Leaving Certificate Examination, 1907
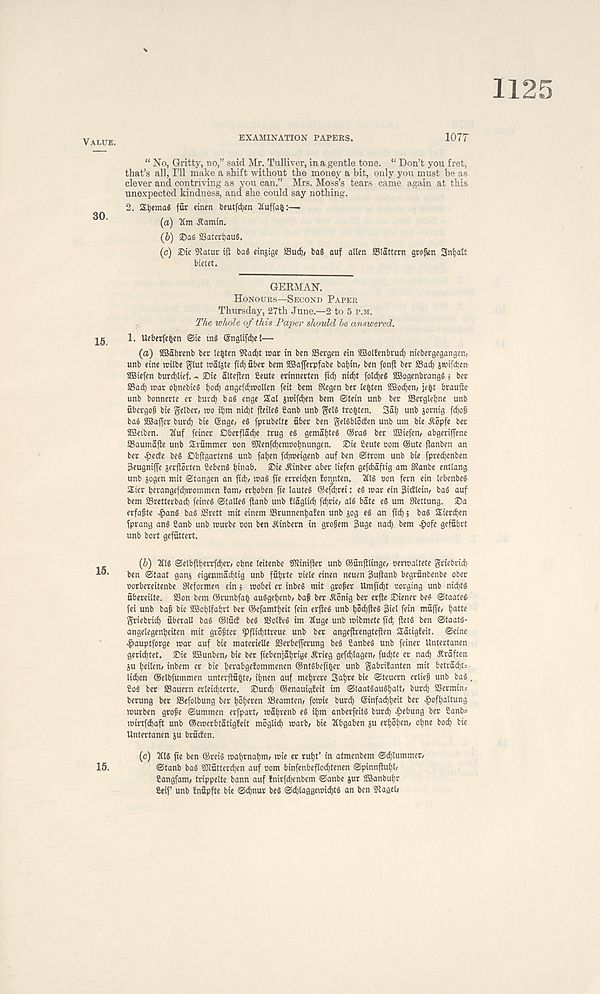
1125
EXAMINATION PAPERS.
107T
“ No, Gritty, no,” said Mr. Tulliver, in a gentle tone. “ Don’t you fret,
that’s all, I’ll make a shift without the money a bit, only you must be as
clever and contriving as you can.” Mrs. Moss’s tears came again at this
unexpected kindness, and she could say nothing.
2. StjemaS fur einen beutfdjen 2i'uffa(}:—.
(a) 2Cm jtamin.
(b) ©as SSaterfiauS.
(c) £>ie Sftatur ifl bag einjtge ffiurf)/ bag auf alien Slattern graven Sntjalt
bietet.
GERMAN.
HONOURS—SECOND PAPER
Thursday, 27th June.—2 to 5 P.M.
TAe whole of this Pa/per should he answered.
1. Ueberfefcen ©ie tng (Sngltfd)e!—
(a) SBabrenb ber lenten 9tad)t n?ar in ben Sergen ein SBotfenbrud) ntebergegangen,
unb etne retlbe glut roaljte fid) fiber bem SBafferpfabe bat)ui/ ben fonft ber Sad) swtfcbcn
SBiefen burdjlief. ©ie alteflen fieute erinnerten fid) nid)t foldjeg 2Bogenbrangg j ber
Sad) rear oljnebieg l)od) angefd)roollen feit bent SRegen ber le|ten SSoc^en, }e$t braufte
unb bonnerte er burd) bag enge Sal jntifdjen bem ©tein unb ber Sergleljne unb
fibergofi bie gelber, mo iljm nid)t fieileg Sanb unb gelg tro^ten. Sal) unb jornig fdjoft
bag SBajfer burd) bie Snge/ eg fptubelte fiber ben gelgblocten unb um bie Aopfe ber
SBetben. 31 uf feiner Dberfladje trug eg gematjteg ©rag ber SGSiefen/ abgeriffene
Saumajte unb Svfimmer oon SKenfd)en»ot)nungen. ®ie Scute com ©ute ftanben an
ber ^ede beg Dbjigarteng unb fat)en fdjmeigenb auf ben ©trom unb bie fpredjenben
Beugniffe jerflorten Sebeng l)inab. £)ie Ainber aber liefen gefdiaftig am Stanbe entlang
unb jogen mit ©tangen an fid)/ mag fie erreidjen fonnten. 2Clg uon fern ein lebenbeg
Sier berangefdjmommen font/ erfjoben fie lauteg ©ejajrei: eg mar ein Sidlein^ bag auf
bem Sretterbad) feineg ©talleg ftanb unb flaglid) fdjrie/ alg bate eg um SRettung. ®a
erfafte ^>ang bag Srett mit einem Srunnen^afen unb jog eg an fid); bag Sierdjen
fprang ang Sanb unb murbe oon ben Ainbern in grofem 3uge nad). bem ^tofe geffibrt
unb bort geffittert.
15.
{b) 3tlg ©elbjtberrfdjer, obne leitenbe SRinifter unb ©finfllinge/ oermaltete griebrid)
ben ©taat ganj eigenmadjtig unb fufirte oiele einen neuen 3uftanb begrfinbenbe ober
oorbereitenbe Stefoimen cin $ mobei er inbeg mit grofer Umftdjt oorgtng unb nidjtg
fibereilte. Son bem ©runbfal auggeljenbr baj? ber Aonig ber erfte Siener beg ©taateg
fei unb bajj bie 2Bol)lfaf)rt ber ©efamttjeit fein erfteg unb f)5d)fleg 3iel fein tnfiffe, fjatte
griebrid) fiberall bag ©tficf beg Solteg im Huge unb mibmete fid, ftetg ben ©taatg-
angelegenljeiten mit gvofter ^flidjttreue unb bet angejlrengteften Satigfeit. ©eine
4>auptforge mar auf bie materielle Serbefferung beg Sanbeg unb feiner Untertanen
geridjtet. ®ie SBSunben/ bie ber fiebenjafjrige Arieg gefdjlagen/ fud)te et nad) Araften
ju Ijeilen/ inbem er bie Ijerabgefommenen ©ntgbefifcer unb gabritanten mit betrad)t--
lidjen ©elbfummen untevftfi^te, ibnen auf met)rere Saljre bie ©teuern erlief unb bag.
Sog ber Sauern erleid)terte. ®urd) ©enauialeit im ©taatgaugljalt/ burd) Sermin=
berung ber Sefolbung ber Ijoberen Seamten/ fomie burd) ©infad)tjeit ber .pofljattung
murben grofe ©ummen erfpart/ roaljrenb eg il)m anberfeitg burd) ^ebung ber Sanb=
mirtfdiaft unb ©emerbtatigfeit moglid) marb/ bie Hbgaben ju erljoben/ obne bocb bte
Untertanen ju brfiden.
(c) 3Clg fie ben ©reig mabmabm/ mie er rubt’ in atmenbem ©djlummer/
©tanb bag SKfitterdjen auf com binfenbefIod)tenen ©pinnjtubb
Sangfam, trippelte bann auf fnirfdjenbem ©ante jut Sffianbubr
Seif’ unb fnfipfte bie ©dmur beg ©d)laggemid)tg an ben Saael#
15.